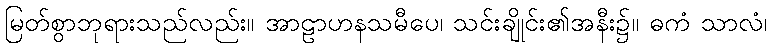
မြတ်စွာဘုရားသည်လည်း။ အာဠာဟနသမီပေ၊ သင်းချိုင်း၏အနီး၌။ ဓကံ သာလံ၊